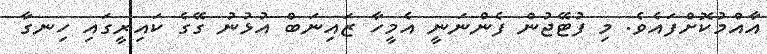
އާއްމުކޮށްފައެވެ. މި ފުޓޭޖުން ފެންނަނީ އެމީހާ ޒައިނަބް އުޅުނު ގޭގެ ކައިރީގައި ހިނގާ